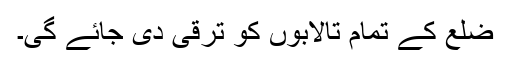
ضلع کے تمام تالابوں کو ترقی دی جائے گی۔